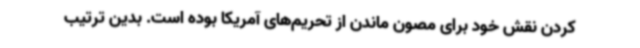
کردن نقش خود برای مصون ماندن از تحریم‌های آمریکا بوده است. بدین ترتیب